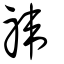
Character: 禕